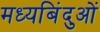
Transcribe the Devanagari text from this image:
मध्यबिंदुओं